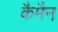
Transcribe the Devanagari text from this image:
कैमैन